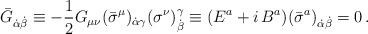
\begin{align*}\bar G_{\dot \alpha\dot\beta} \equiv-\frac 12G_{\mu\nu}(\bar\sigma^{\mu})_{\dot\alpha\gamma}(\sigma^{\nu})^\gamma_{\dot\beta} \equiv ({E}^a +i\,{B}^a)({\bar \sigma}^a)_{\dot\alpha\dot\beta}=0\, .\end{align*}